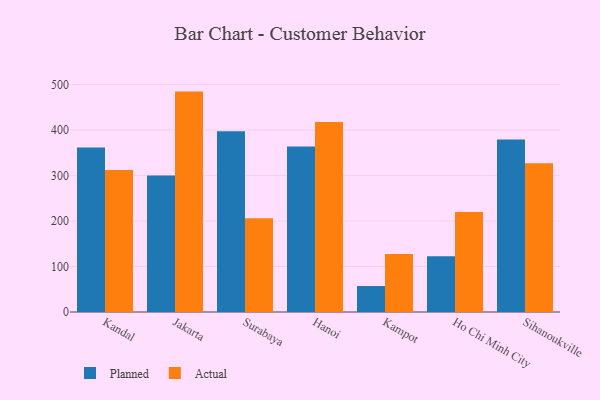
{"axis": {"x": "City", "y": "Energy Usage (MWh)"}, "legend": ["Actual", "Planned"], "data": [{"x": "Kandal", "y": 362.0, "type": "Planned"}, {"x": "Kandal", "y": 312.5, "type": "Actual"}, {"x": "Jakarta", "y": 300.4, "type": "Planned"}, {"x": "Jakarta", "y": 484.7, "type": "Actual"}, {"x": "Surabaya", "y": 397.4, "type": "Planned"}, {"x": "Surabaya", "y": 206.4, "type": "Actual"}, {"x": "Hanoi", "y": 364.2, "type": "Planned"}, {"x": "Hanoi", "y": 417.8, "type": "Actual"}, {"x": "Kampot", "y": 57.1, "type": "Planned"}, {"x": "Kampot", "y": 127.7, "type": "Actual"}, {"x": "Ho Chi Minh City", "y": 122.5, "type": "Planned"}, {"x": "Ho Chi Minh City", "y": 219.9, "type": "Actual"}, {"x": "Sihanoukville", "y": 379.3, "type": "Planned"}, {"x": "Sihanoukville", "y": 327.4, "type": "Actual"}]}